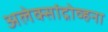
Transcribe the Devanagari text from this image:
अलेक्सांद्रोव्हना